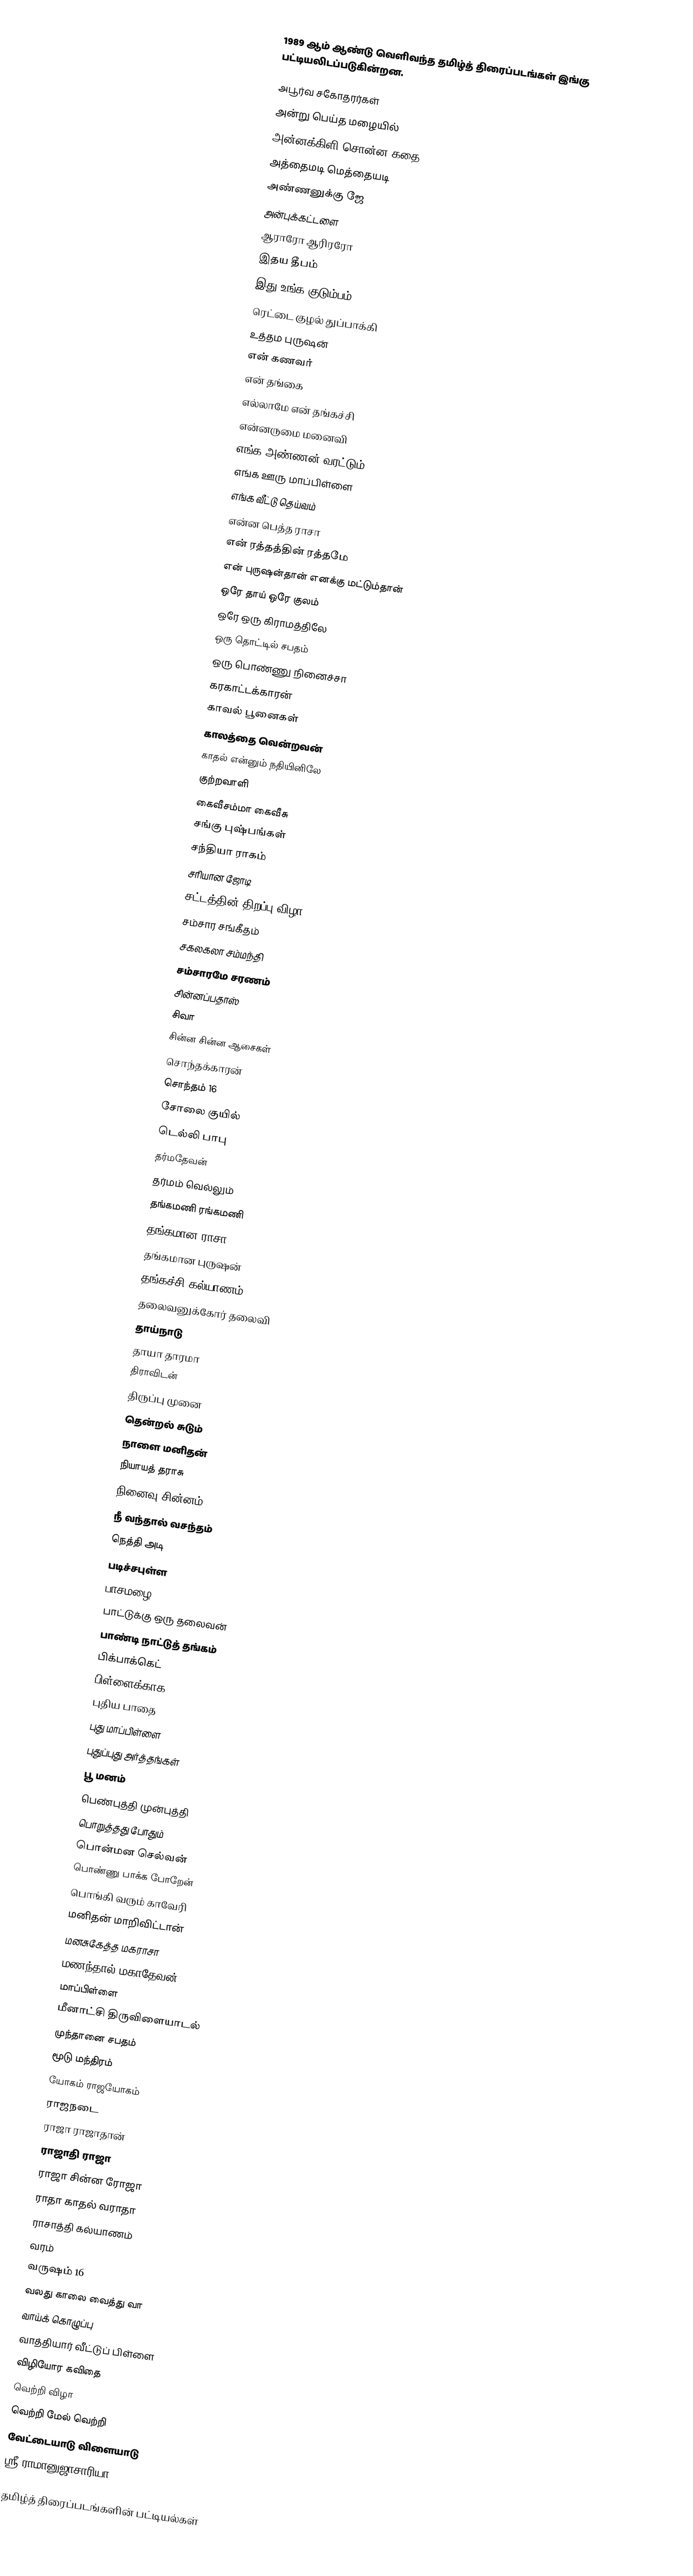
1989 ஆம் ஆண்டு வெளிவந்த தமிழ்த் திரைப்படங்கள் இங்கு பட்டியலிடப்படுகின்றன.

அபூர்வ சகோதரர்கள்
அன்று பெய்த மழையில்
அன்னக்கிளி சொன்ன கதை
அத்தைமடி மெத்தையடி
அண்ணனுக்கு ஜே
அன்புக்கட்டளை
ஆராரோ ஆரிரரோ
இதய தீபம்
இது உங்க குடும்பம்
ரெட்டை குழல் துப்பாக்கி
உத்தம புருஷன்
என் கணவர்
என் தங்கை
எல்லாமே என் தங்கச்சி
என்னருமை மனைவி
எங்க அண்ணன் வரட்டும்
எங்க ஊரு மாப்பிள்ளை
எங்க வீட்டு தெய்வம்
என்ன பெத்த ராசா
என் ரத்தத்தின் ரத்தமே
என் புருஷன்தான் எனக்கு மட்டும்தான்
ஒரே தாய் ஒரே குலம்
ஒரே ஒரு கிராமத்திலே
ஒரு தொட்டில் சபதம்
ஒரு பொண்ணு நினைச்சா
கரகாட்டக்காரன்
காவல் பூனைகள்
காலத்தை வென்றவன்
காதல் என்னும் நதியினிலே
குற்றவாளி
கைவீசம்மா கைவீசு
சங்கு புஷ்பங்கள்
சந்தியா ராகம்
சரியான ஜோடி
சட்டத்தின் திறப்பு விழா
சம்சார சங்கீதம்
சகலகலா சம்மந்தி
சம்சாரமே சரணம்
சின்னப்பதாஸ்
சிவா
சின்ன சின்ன ஆசைகள்
சொந்தக்காரன்
சொந்தம் 16
சோலை குயில்
டெல்லி பாபு
தர்மதேவன்
தர்மம் வெல்லும்
தங்கமணி ரங்கமணி
தங்கமான ராசா
தங்கமான புருஷன்
தங்கச்சி கல்யாணம்
தலைவனுக்கோர் தலைவி
தாய்நாடு
தாயா தாரமா
திராவிடன்
திருப்பு முனை
தென்றல் சுடும்
நாளை மனிதன்
நியாயத் தராசு
நினைவு சின்னம்
நீ வந்தால் வசந்தம்
நெத்தி அடி
படிச்சபுள்ள
பாசமழை
பாட்டுக்கு ஒரு தலைவன்
பாண்டி நாட்டுத் தங்கம்
பிக்பாக்கெட்
பிள்ளைக்காக
புதிய பாதை
புது மாப்பிள்ளை
புதுப்புது அர்த்தங்கள்
பூ மனம்
பெண்புத்தி முன்புத்தி
பொறுத்தது போதும்
பொன்மன செல்வன்
பொண்ணு பாக்க போறேன்
பொங்கி வரும் காவேரி
மனிதன் மாறிவிட்டான்
மனசுகேத்த மகராசா
மணந்தால் மகாதேவன்
மாப்பிள்ளை
மீனாட்சி திருவிளையாடல்
முந்தானை சபதம்
மூடு மந்திரம்
யோகம் ராஜயோகம்
ராஜநடை
ராஜா ராஜாதான்
ராஜாதி ராஜா
ராஜா சின்ன ரோஜா
ராதா காதல் வராதா
ராசாத்தி கல்யாணம்
வரம்
வருஷம் 16
வலது காலை வைத்து வா
வாய்க் கொழுப்பு
வாத்தியார் வீட்டுப் பிள்ளை
விழியோர கவிதை
வெற்றி விழா
வெற்றி மேல் வெற்றி
வேட்டையாடு விளையாடு
ஸ்ரீ ராமானுஜாசாரியா

தமிழ்த் திரைப்படங்களின் பட்டியல்கள்